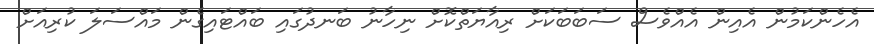
އެހެންކަމުން އެއިން އެއްވެސް ސަބަބަކަށް ރިއާޔަތްކޮށް ނިހާނު ބަނދުގައި ބައްޓައިގެން މައްސަލަ ކުރިއަށް